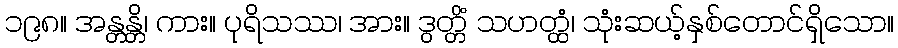
၁၉၈။ အန္တန္တိ၊ ကား။ ပုရိသဿ၊ အား။ ဒွတ္တိံ သဟတ္ထံ၊ သုံးဆယ့်နှစ်တောင်ရှိသော။